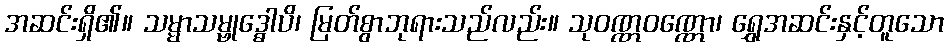
အဆင်းရှိ၏။ သမ္မာသမ္ဗုဒ္ဓောပိ၊ မြတ်စွာဘုရားသည်လည်း။ သုဝဏ္ဏဝဏ္ဏော၊ ရွှေအဆင်းနှင့်တူသော